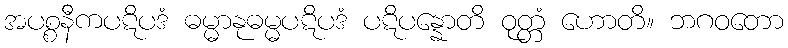
အပစ္စနီကပဋိပဒံ ဓမ္မာနုဓမ္မပဋိပဒံ ပဋိပန္နောတိ ဝုတ္တံ ဟောတိ။ ဘဂဝတော